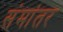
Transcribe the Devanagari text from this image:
संमांतर